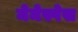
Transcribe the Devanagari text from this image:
मेमेस्पेस